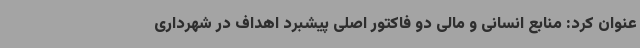
عنوان کرد: منابع انسانی و مالی دو فاکتور اصلی پیشبرد اهداف در شهرداری